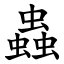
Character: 蟲